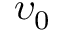
\upsilon _ { 0 }